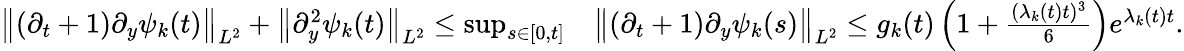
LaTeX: \begin{array}{rl}{\big\| (\partial_{t}+1)\partial_{y}\psi_{k}(t)\big\| _{L^{2}}+\big\| \partial_{y}^{2}\psi_{k}(t)\big\| _{L^{2}}\leq\operatorname*{sup}_{s\in[0,t]}}&{\big\| (\partial_{t}+1)\partial_{y}\psi_{k}(s)\big\| _{L^{2}}\leq g_{k}(t)\left(1+\frac{(\lambda_{k}(t)t)^{3}}{6}\right)e^{\lambda_{k}(t)t}.}\end{array}